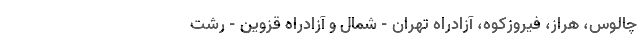
چالوس، هراز، فیروزکوه، آزادراه تهران - شمال و آزادراه قزوین - رشت